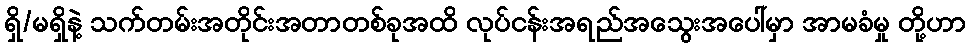
ရှိ/မရှိနဲ့ သက်တမ်းအတိုင်းအတာတစ်ခုအထိ လုပ်ငန်းအရည်အသွေးအပေါ်မှာ အာမခံမှု တို့ဟာ